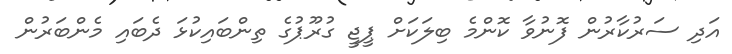
އަދި ސަރުކާރުން ފޮނުވާ ކޮންމެ ބިލަކަށް ޕީޖީ ގުރޫޕުގެ ތިންބައިކުޅަ ދެބައި މެންބަރުން